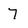
Character: 7